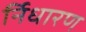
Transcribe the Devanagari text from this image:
र्निधारण